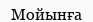
Мойынға